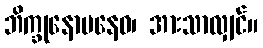
ဘိက္ခုနောပနေဝ၊ အားသာလျှင်။